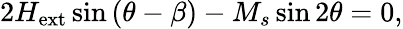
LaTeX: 2H_{\mathrm{ext}}\sin{(\theta-\beta)}-M_{s}\sin{2\theta}=0,